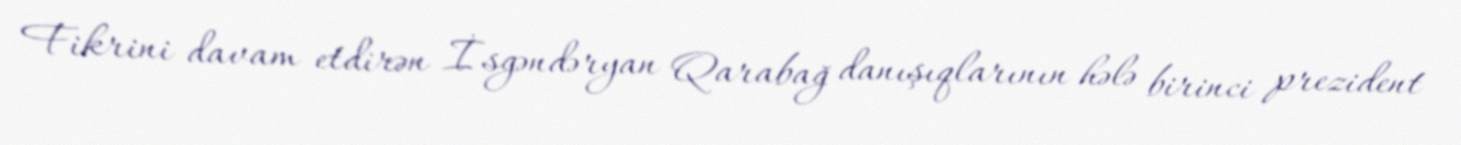
Fikrini davam etdirən İsgəndəryan Qarabağ danışıqlarının hələ birinci prezident